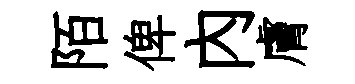
陌俾內膚